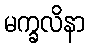
မက္ခလိနာ